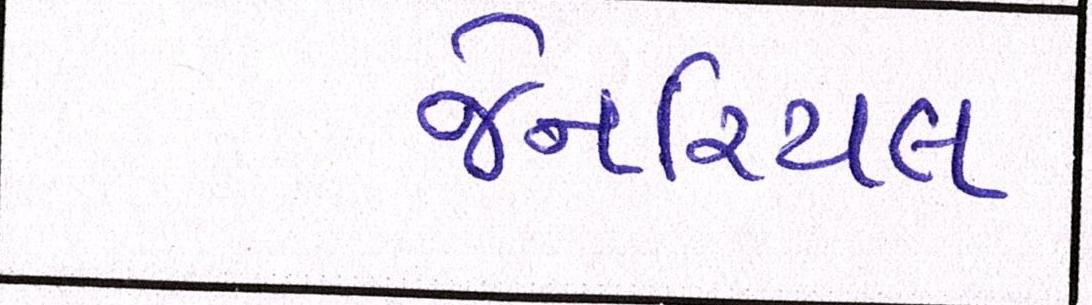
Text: જેનરિયલ